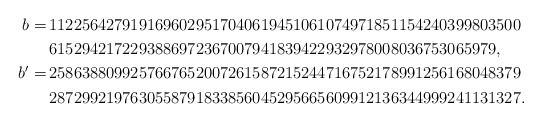
\begin{align*}b=&\,1122564279191696029517040619451061074971851154240399803500\\&\,6152942172293886972367007941839422932978008036753065979,\\b'=&\,2586388099257667652007261587215244716752178991256168048379\\&\,2872992197630558791833856045295665609912136344999241131327.\end{align*}